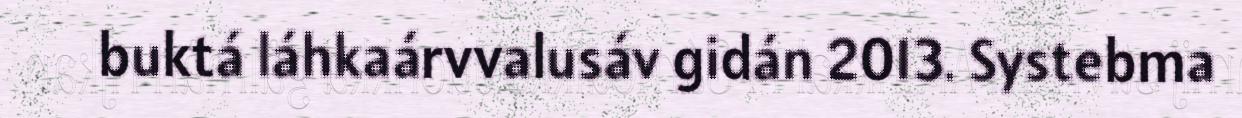
buktá láhkaárvvalusáv gidán 2013. Systebma